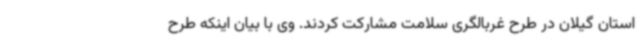
استان گیلان در طرح غربالگری سلامت مشارکت کردند. وی با بیان اینکه طرح